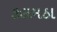
કલમઠા